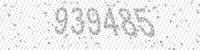
Solution: 939485